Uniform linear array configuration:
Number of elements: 32
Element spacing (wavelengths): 0.75
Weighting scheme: cosine
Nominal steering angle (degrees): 30
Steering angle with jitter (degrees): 31.316
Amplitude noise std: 0.05
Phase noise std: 0.05

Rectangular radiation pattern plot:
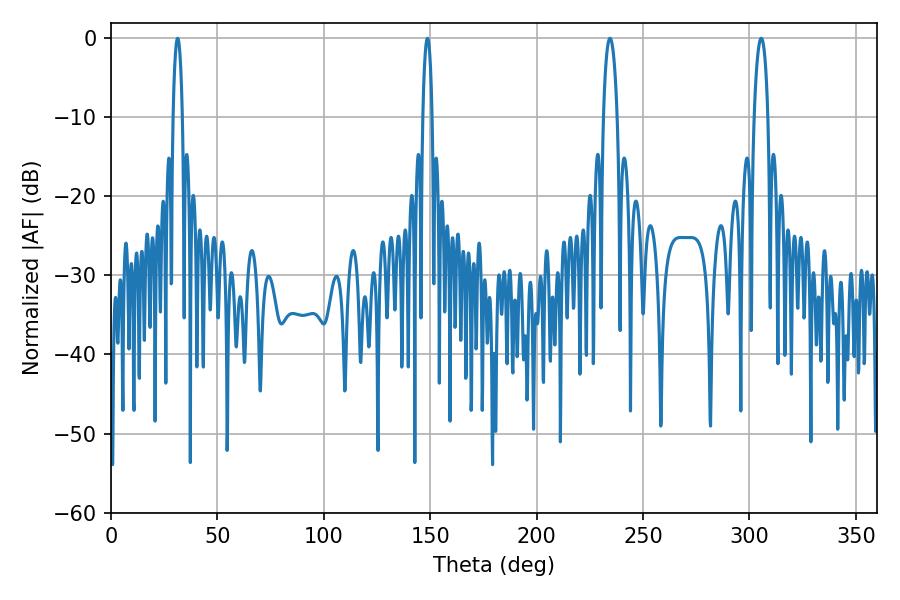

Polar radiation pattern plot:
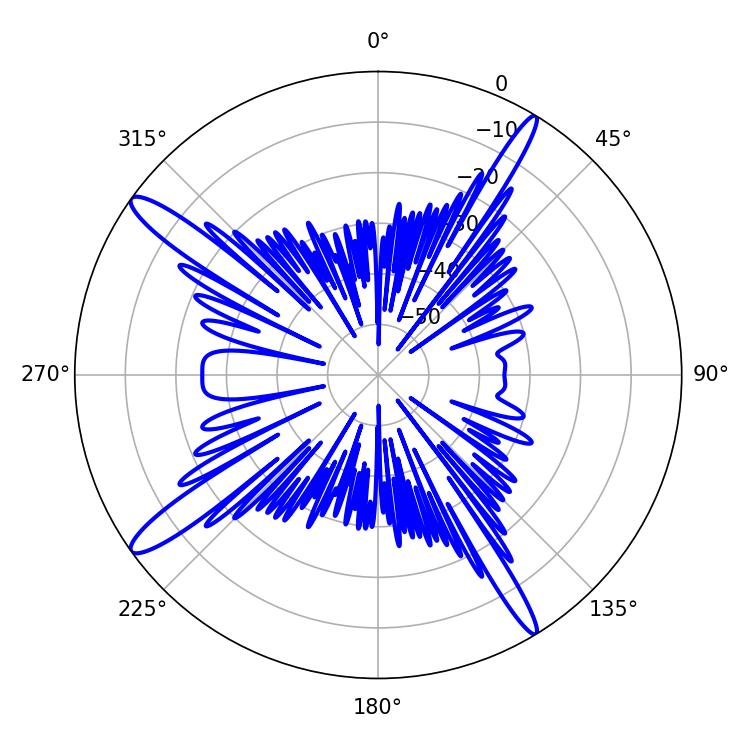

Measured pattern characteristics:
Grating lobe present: TRUE
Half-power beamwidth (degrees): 2.52
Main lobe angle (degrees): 148.68